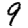
Digit: 9